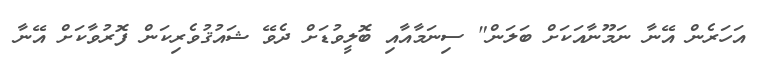
އަހަރެން އޭނާ ނަމޫނާއަކަށް ބަލަން" ސިނަމާއާއި ބޮލީވުޑަށް ދެވޭ ޝައުޤުވެރިކަން ފޮރުވާކަށް އޭނާ